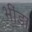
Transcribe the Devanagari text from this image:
भींडा